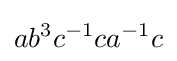
ab^{3}c^{-1}ca^{-1}c